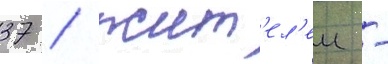
37 / жит'ел'еи -